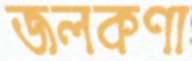
জলকণা